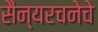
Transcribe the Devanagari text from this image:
सैन्यरचनेचे